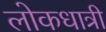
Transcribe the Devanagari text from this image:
लोकधात्री